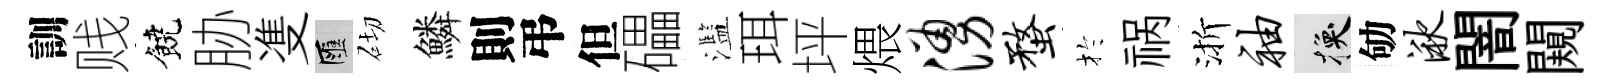
訓贱饒胁㕠匯砌鱗則弔但礧濫珥坪煨涌蝥扵祸渐袖换劬湫闇闚